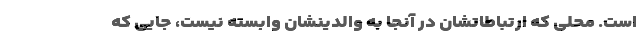
است. محلی که ارتباطاتشان در آنجا به والدینشان وابسته نیست، جایی که